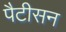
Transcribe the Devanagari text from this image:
पैटीसन